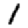
Digit: 1